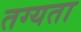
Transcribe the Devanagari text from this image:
तग्यता